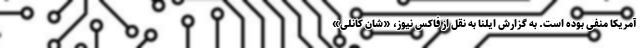
آمریکا منفی بوده است. به گزارش ایلنا به نقل از فاکس نیوز، «شان کانلی»